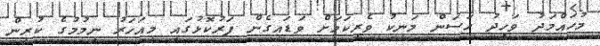
މުހައްމަދު ވަހީދު ހަސަން މަނިކު ވެރިކަމަށް ވަޑައިގެން ފަރުކޮޅުގައި މިއަހަރު ނިމުމުގެ ކުރިން